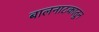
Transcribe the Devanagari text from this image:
बालनाटकातून